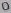
Text: 0